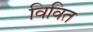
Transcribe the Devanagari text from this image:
विवित